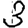
Digit: 3